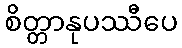
စိတ္တာနုပဿီပေ